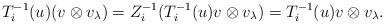
\begin{align*}T_i^{-1}(u)(v\otimes v_\lambda)=Z_i^{-1}(T_i^{-1}(u)v\otimes v_\lambda)=T_i^{-1}(u)v\otimes v_\lambda.\end{align*}